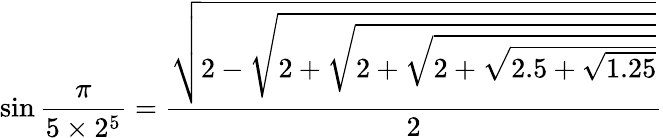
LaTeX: \sin{\frac{\pi}{5\times 2^{5}}}={\frac{\sqrt{2-{\sqrt{2+{\sqrt{2+{\sqrt{2+{\sqrt{2.5+{\sqrt{1.25}}}}}}}}}}}}{2}}